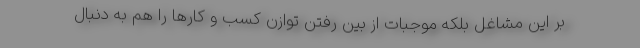
بر این مشاغل بلکه موجبات از بین رفتن توازن کسب و کارها را هم به دنبال